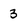
Character: 3